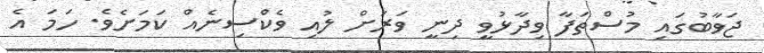
ޖަވާބުގައި މުސްތަފާ ވިދާޅުވީ ދިނީ ވަރަށް ލުއި ވެކްސިނެއް ކަމަށެވެ. ހަމަ އެ